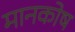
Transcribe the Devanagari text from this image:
मानकोष